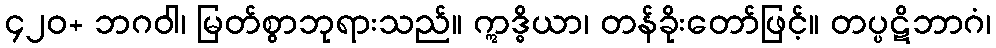
၄၂၀+ ဘဂဝါ၊ မြတ်စွာဘုရားသည်။ ဣဒ္ဓိယာ၊ တန်ခိုးတော်ဖြင့်။ တပ္ပဋိဘာဂံ၊